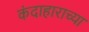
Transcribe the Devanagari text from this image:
कंदाहाराच्या